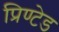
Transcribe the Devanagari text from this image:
प्रिण्टेड